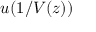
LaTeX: \textstyle u ( 1 / V ( z ) )